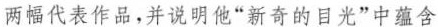
两幅代表作品，并说明他”新奇的目光”中蕴含